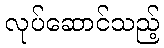
လုပ်ဆောင်သည့်